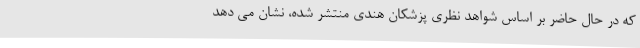
که در حال حاضر بر اساس شواهد نظری پزشکان هندی منتشر شده، نشان می دهد